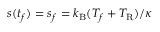
s ( t _ { f } ) = s _ { f } = k _ { \mathrm { B } } ( T _ { f } + T _ { \mathrm { R } } ) / \kappa